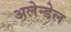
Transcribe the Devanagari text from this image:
अलेन्डेल